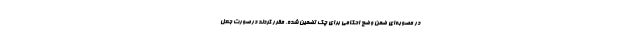
در مصوبه‌ای ضمن وضع احکامی برای چک تضمین شده، مقرر کردند درصورت جعل